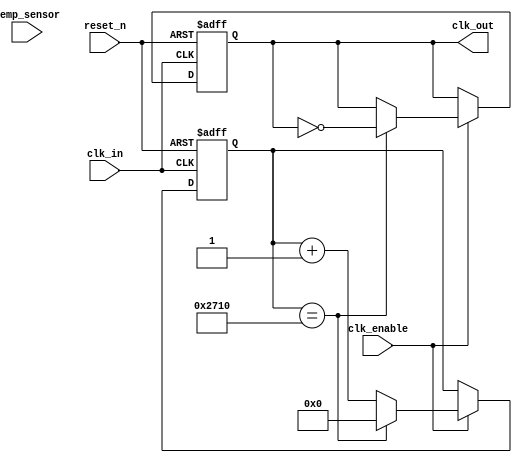
module TempCompClockBuffer (
    input wire clk_in,            // Input clock
    input wire [7:0] temp_sensor, // 8-bit temperature sensor input
    input wire clk_enable,        // Clock enable signal
    input wire reset_n,           // Active-low reset
    output reg clk_out            // Compensated output clock
);

    // Memory blocks for calibration data
    reg [7:0] calibration_data [0:255]; // Example of 256 temperature calibration data
    reg [7:0] current_calibration;      // Current calibration value based on temperature
    reg [7:0] delay_adjustment;         // Delay adjustment based on calibration
    reg [31:0] counter;                 // Counter for clock generation

    // Parameters for clock generation
    parameter CLOCK_PERIOD = 10; // Base clock period in time units
    parameter MAX_COUNT = 10000;  // Maximum count value for generating output clock

    // Initialization of calibration data (could be loaded from non-volatile memory)
    initial begin
        // Example calibration data initialization
        calibration_data[0] = 8'h00; // 0C
        calibration_data[1] = 8'h01; // 1C
        // Add more calibration data as needed...
        // It could be loaded from an external source in practice
    end

    // Clock generation logic
    always @(posedge clk_in or negedge reset_n) begin
        if (!reset_n) begin
            counter <= 0;
            clk_out <= 0;
        end else if (clk_enable) begin
            if (counter == MAX_COUNT) begin
                clk_out <= ~clk_out; // Toggle output clock
                counter <= 0; // Reset counter
            end else begin
                counter <= counter + 1; // Increment counter
            end
        end
    end

    // Temperature compensation logic
    always @(posedge clk_in or negedge reset_n) begin
        if (!reset_n) begin
            current_calibration <= 8'h00; // Default calibration
            delay_adjustment <= 8'h00;     // No delay adjustment
        end else begin
            // Use temperature sensor value to select calibration data
            current_calibration <= calibration_data[temp_sensor]; // Select calibration data based on temperature
            delay_adjustment <= (current_calibration * 2); // Example adjustment based on calibration
            // Logic to adjust counter based on delay adjustment could be added here
        end
    end

endmodule